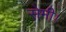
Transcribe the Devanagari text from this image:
सेमी।